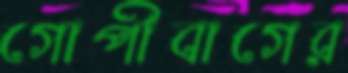
গোপীবাগের